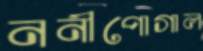
ননীপোগাল